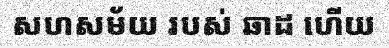
សហសម័យ របស់ ឆាដ ហើយ